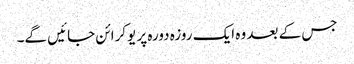
جس کے بعد وہ ایک روزہ دورہ پر یوکرائن جائیں گے۔